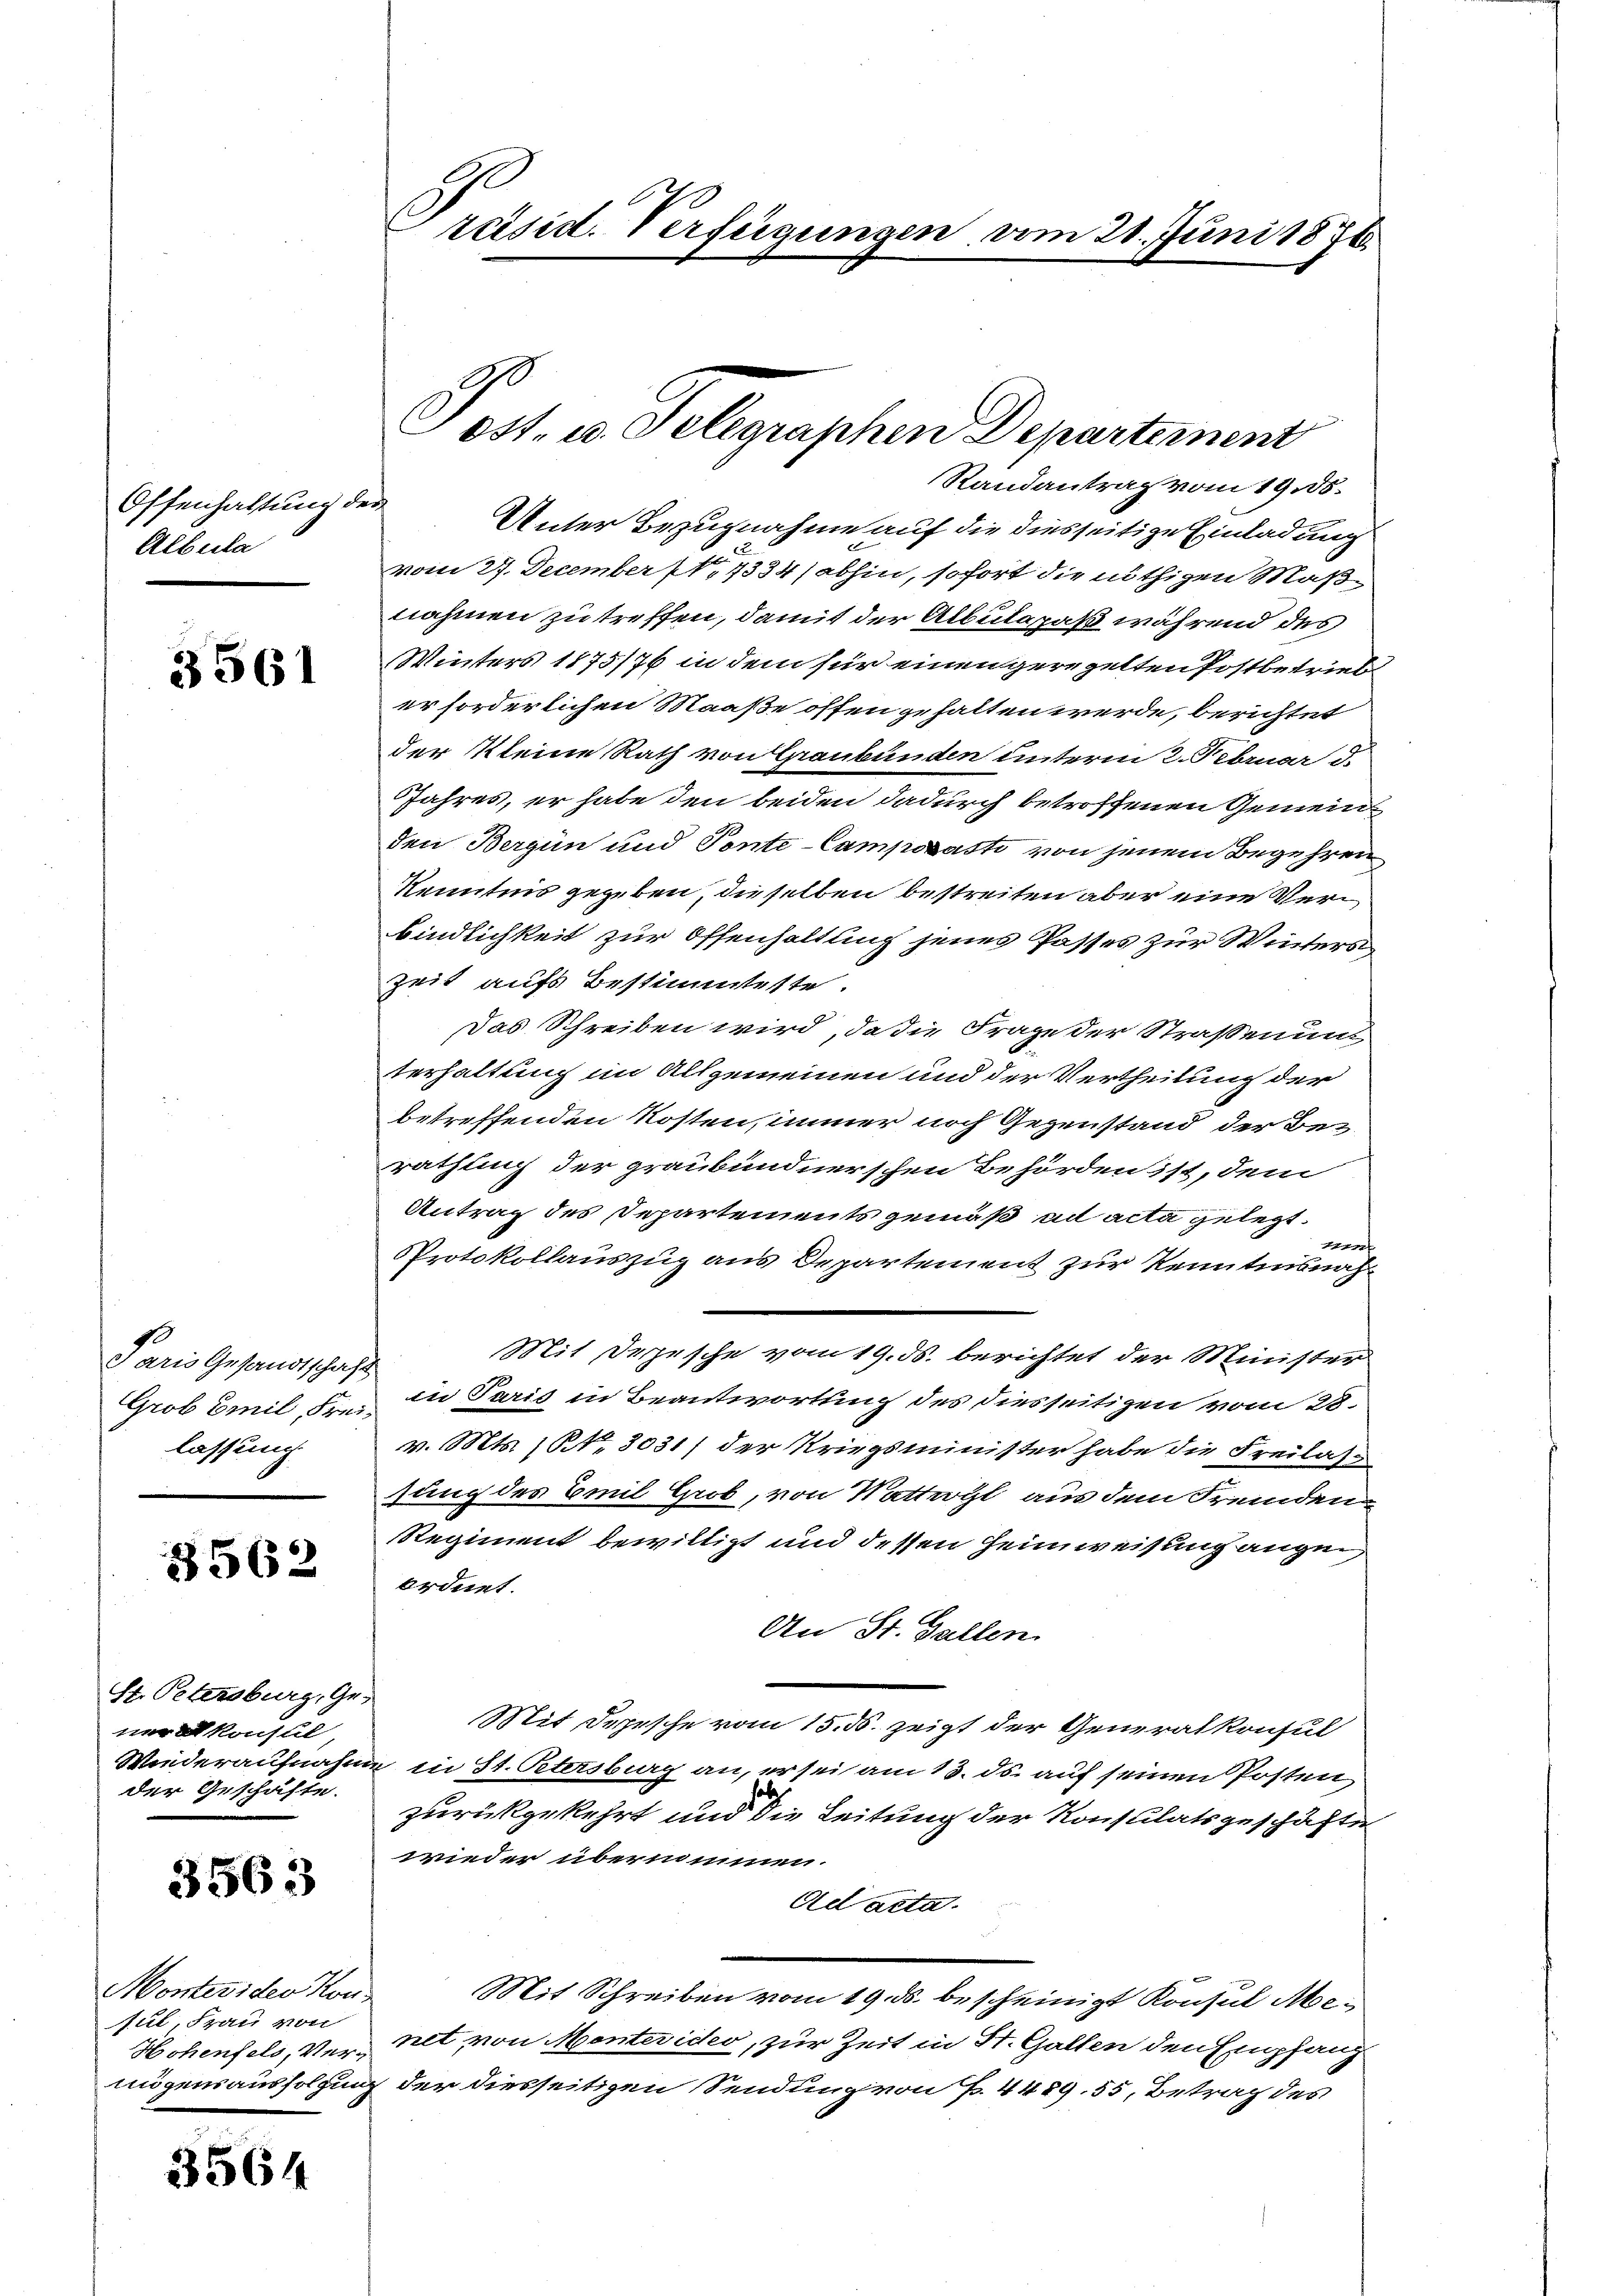
Offenhaltung de
Albula

3561

Paris Gesandtschaft
Grob Emil Freilassung

3562

St. Petersburg, Ge-
un konsul
Wiederaufnahm
der Geschäfte.

3563

Montesiden Kon-
sul Frau von
Hohenfels, Vermögensausfolgung

3564

räisid. Verfügungen vom 21. Juni 1876.

h
Unter Bezugnahme auf die diesseitige Einladung
vom 27. December N. 1334) abhin, sofort die nöthigen Maßnahmen zu treffen, damit der Albutapaß während des
Winters 1875/76 in dem für einen geregelten Postbetrieb
er forderlichen Maaße offen gehalten werde, berichtet
der Kleine Rath von Graubünden unterm 2. Februar d.
Jahres, er habe den beiden dadurch betroffenen Gemeinden Bergün und Ponte-Camposasti von jenem Begehren
Kenntnis gegeben, dieselben bestreiten aber eine Verbindlichkeit zur Offenhaltung jenes Passes zur Wintersi¬
Zeit aufs Bestimmteste.
Das Schreiben wird, da die Frage der Straßenunt
terhaltung im Allgemeinen und der Vertheilung der
betreffenden Kosten, immer noch Gegenstand der Beirathung der graubündnerschen Behörden ist, dem
Antrag des Departements gemäß ad acta gelegt.
e
Protokollauszug aus Departement zur Kenntnisnah¬
Mit Derzesche vom 19. ds. berichtet der Minister
in Paris in Beantwortung des diesseitigen vom 28.
v. Mts. (NNo. 3031) der Kriegsminister habe die Freilass
sung des Emil Grob, von Wattergl aus dem Fremden¬
Regiment bewilligt und dessen Heimweisung augen
ordnet.
An St. Gallen.
Mit Depesche vom 15. ds. zeigt der Generalkonsul
u in St. Petersburg an, er sei am 13. ds. auf seinen Posten,
zurückgekehrt und die Leitung der Konstilatsgeschäfte
wieder übernommen.
Ad acta.
Mit Schreiben vom 19. ds. bescheinigt Konsul Menet von Montevides, zur Zeit in St. Gallen den Empfang
 der diesseitigen Sendung von P. 4489. 55, Betrag des

G.
051. u. Telegraphen Departement
Randantrag vom 19. 85.